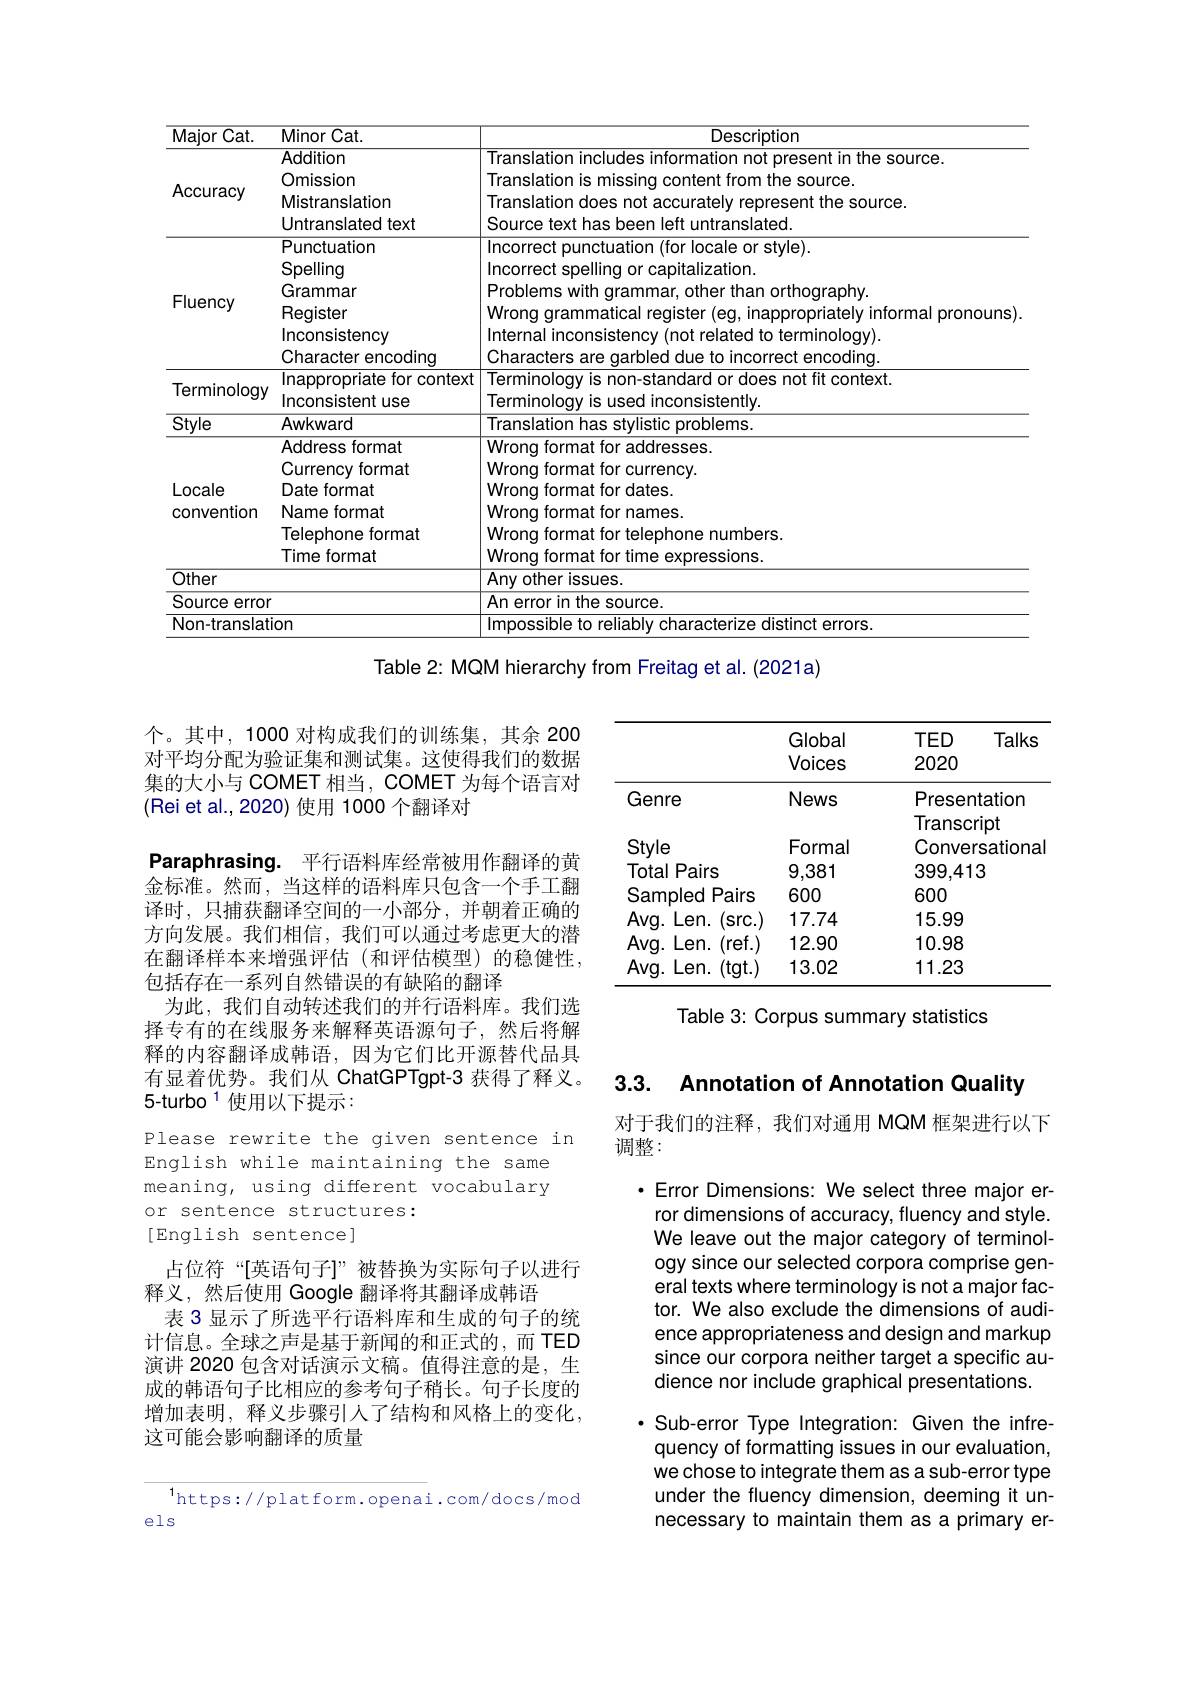
<table>
	<tbody>
		<tr>
			<th>Major $\overline{\mathrm{Cat}}.$</th>
			<th>Minor Cat.</th>
			<th>Description</th>
		</tr>
		<tr>
			<td rowspan="5">Accuracy</td>
			<td>Addition Omission Mistranslation Untranslated text</td>
			<td>Translation includes information not present in the source. Translation is missing content from the source. Translation does not accurately represent the source. Source text has been left untranslated.</td>
		</tr>
		<tr>
			<td>Addition</td>
			<td>Translation includes esent in the source</td>
		</tr>
		<tr>
			<td>Omission</td>
			<td>Translation is content from the source</td>
		</tr>
		<tr>
			<td>Mistranslation</td>
			<td>Translation does not a 79 oresent the source</td>
		</tr>
		<tr>
			<td>Untranslated text</td>
			<td>Source eft untranslated.</td>
		</tr>
		<tr>
			<td rowspan="6">Fluency</td>
			<td>Punctuation</td>
			<td>ncorrect locale or style).</td>
		</tr>
		<tr>
			<td>Spelling</td>
			<td>canitalization ncorren snalin</td>
		</tr>
		<tr>
			<td>Grammar</td>
			<td>Problems with o other than orthoaraphv</td>
		</tr>
		<tr>
			<td>Register</td>
			<td>Wronc intormal oronouns</td>
		</tr>
		<tr>
			<td>Inconsistency</td>
			<td>nternal inconsistencw (not related to terminoloav)</td>
		</tr>
		<tr>
			<td>Character encoding</td>
			<td>Characters arhlen 1 TIIP th incorrect encodina</td>
		</tr>
		<tr>
			<td> </td>
			<td>Inappropriate for context</td>
			<td>Terminoloav is non-standard or does not fit context</td>
		</tr>
		<tr>
			<td>Termmiongy</td>
			<td>Inconsistent use</td>
			<td>Terminoloav vis used inconsistently</td>
		</tr>
		<tr>
			<td rowspan="2">$\overline{\mathrm{Style}}$</td>
			<td>Awkward</td>
			<td>Translation has stylistic problems</td>
		</tr>
		<tr>
			<td>Address format</td>
			<td>Wronq format for addresses</td>
		</tr>
		<tr>
			<td rowspan="2">Locale convention</td>
			<td>Currency format</td>
			<td>Wrona format for currency</td>
		</tr>
		<tr>
			<td>Date format</td>
			<td>Wrong format for dates.</td>
		</tr>
		<tr>
			<td rowspan="3">EOOCIO convention</td>
			<td>Name format</td>
			<td>Wronq format for names</td>
		</tr>
		<tr>
			<td>Telephone format</td>
			<td>Wrona format for ephone numbers.</td>
		</tr>
		<tr>
			<td>Time format</td>
			<td>Wrona format for time sxpressions</td>
		</tr>
		<tr>
			<td>Other</td>
			<td> </td>
			<td>$\overline{\text{Any other issues.}}$</td>
		</tr>
		<tr>
			<td>Source error</td>
			<td> </td>
			<td>An error in the source.</td>
		</tr>
		<tr>
			<td colspan="2">Non-translation</td>
			<td>mnnssihletn reliahlv characterize co distinct errors</td>
		</tr>
	</tbody>
</table>
Table 2: MQM hierarchy from Freitag et al. (2021a)

个。其中，1000 对构成我们的训练集，其余 200对平均分配为验证集和测试集。这使得我们的数据集的大小与 COMET 相当，COMET 为每个语言对(Rei et al.,2020)使用 1000 个翻译对
Paraphrasing. 平行语料库经常被用作翻译的黄金标准。然而，当这样的语料库只包含一个手工翻译时，只捕获翻译空间的一小部分，并朝着正确的方向发展。我们相信，我们可以通过考虑更大的潜在翻译样本来增强评估(和评估模型)的稳健性， 包括存在一系列自然错误的有缺陷的翻译
为此，我们自动转述我们的并行语料库。我们选择专有的在线服务来解释英语源句子，然后将解释的内容翻译成韩语，因为它们比开源替代品具有显着优势。我们从 ChatGPTgpt-3 获得了释义。5-turbo $^{1}$使用以下提示：

Please rewrite the given sentence in
English while maintaining the same meaning, using different vocabulary or sentence structures:
[English sentence]

占位符“[英语句子]”被替换为实际句子以进行
释义，然后使用 Google 翻译将其翻译成韩语
表 3 显示了所选平行语料库和生成的句子的统计信息。全球之声是基于新闻的和正式的，而 TED 演讲 2020 包含对话演示文稿。值得注意的是，生成的韩语句子比相应的参考句子稍长。句子长度的增加表明，释义步骤引人了结构和风格上的变化， 这可能会影响翻译的质量

$^{1}$https://platform.openai.com/docs/mod
els

<table>
	<tbody>
		<tr>
			<th> </th>
			<th>Global Voices</th>
			<th>TED 2020</th>
			<th>$D$ Talks 20</th>
		</tr>
		<tr>
			<td>Genre</td>
			<td>News</td>
			<td>Prese Trans</td>
			<td>esentation 一 A crint</td>
		</tr>
		<tr>
			<td>Style</td>
			<td>Formal</td>
			<td>110110 Conve</td>
			<td>$\log_{100}$ nversational</td>
		</tr>
		<tr>
			<td>Total F Pairs</td>
			<td>9,381</td>
			<td>399,4</td>
			<td>9,413</td>
		</tr>
		<tr>
			<td>Sampled Pairs </td>
			<td>600</td>
			<td>600</td>
			<td>0</td>
		</tr>
		<tr>
			<td>$Avg.$ Len. (src. )</td>
			<td>17.74</td>
			<td>15.99</td>
			<td>.99</td>
		</tr>
		<tr>
			<td>$Avg.$ Len. (ref.)</td>
			<td>12.90</td>
			<td>10.98</td>
			<td>.98</td>
		</tr>
		<tr>
			<td>$Avg.$ Len. (tgt. )</td>
			<td>13.02</td>
			<td>11.23</td>
			<td>.23</td>
		</tr>
	</tbody>
</table>

Table 3: Corpus summary statistics

3.3. Annotation of Annotation Quality

对于我们的注释，我们对通用 MQM 框架进行以下
调整：

·Error Dimensions: We select three major error dimensions of accuracy, fluency and style. We leave out the major category of terminology since our selected corpora comprise general texts where terminology is not a major factor. We also exclude the dimensions of audience appropriateness and design and markup since our corpora neither target a specific audience nor include graphical presentations.

·Sub-error Type Integration: Given the infrequency of formatting issues in our evaluation, we chose to integrate them as a sub-error type under the fluency dimension, deeming it unnecessary to maintain them as a primary er-